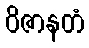
ဝိဇာနတံ